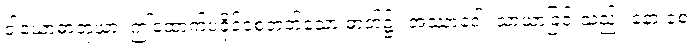
ဝါယောဓာတုယာ၊ ဤထောက်ပံ့ခိုင်စေတတ်သော ဓာတ်၌။ အဿာဒေါ၊ သာယာခြင်းသည်။ နော စေ